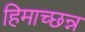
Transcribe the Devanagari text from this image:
हिमाच्छन्न